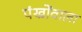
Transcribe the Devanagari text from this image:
पंखोंवाला